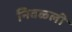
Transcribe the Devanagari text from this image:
निवळली